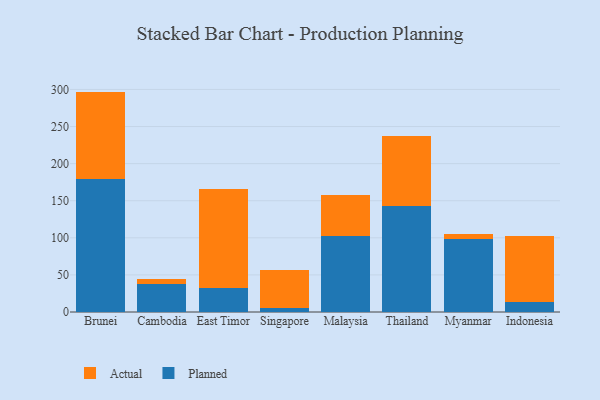
{"axis": {"x": "Country", "y": "Population (Million)"}, "legend": ["Actual", "Planned"], "data": [{"x": "Brunei", "y": 179.3, "type": "Planned"}, {"x": "Brunei", "y": 117.8, "type": "Actual"}, {"x": "Cambodia", "y": 37.3, "type": "Planned"}, {"x": "Cambodia", "y": 6.6, "type": "Actual"}, {"x": "East Timor", "y": 32.3, "type": "Planned"}, {"x": "East Timor", "y": 133.4, "type": "Actual"}, {"x": "Singapore", "y": 5.1, "type": "Planned"}, {"x": "Singapore", "y": 51.0, "type": "Actual"}, {"x": "Malaysia", "y": 103.1, "type": "Planned"}, {"x": "Malaysia", "y": 54.0, "type": "Actual"}, {"x": "Thailand", "y": 142.9, "type": "Planned"}, {"x": "Thailand", "y": 94.8, "type": "Actual"}, {"x": "Myanmar", "y": 98.9, "type": "Planned"}, {"x": "Myanmar", "y": 5.6, "type": "Actual"}, {"x": "Indonesia", "y": 13.2, "type": "Planned"}, {"x": "Indonesia", "y": 89.9, "type": "Actual"}]}